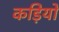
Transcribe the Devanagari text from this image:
कड़ियो